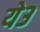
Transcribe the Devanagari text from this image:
ये३